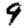
Digit: 9